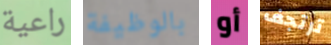
راعية بالوظيفة أو ترتجف